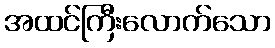
အထင်ကြီးလောက်သော